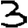
Digit: 3